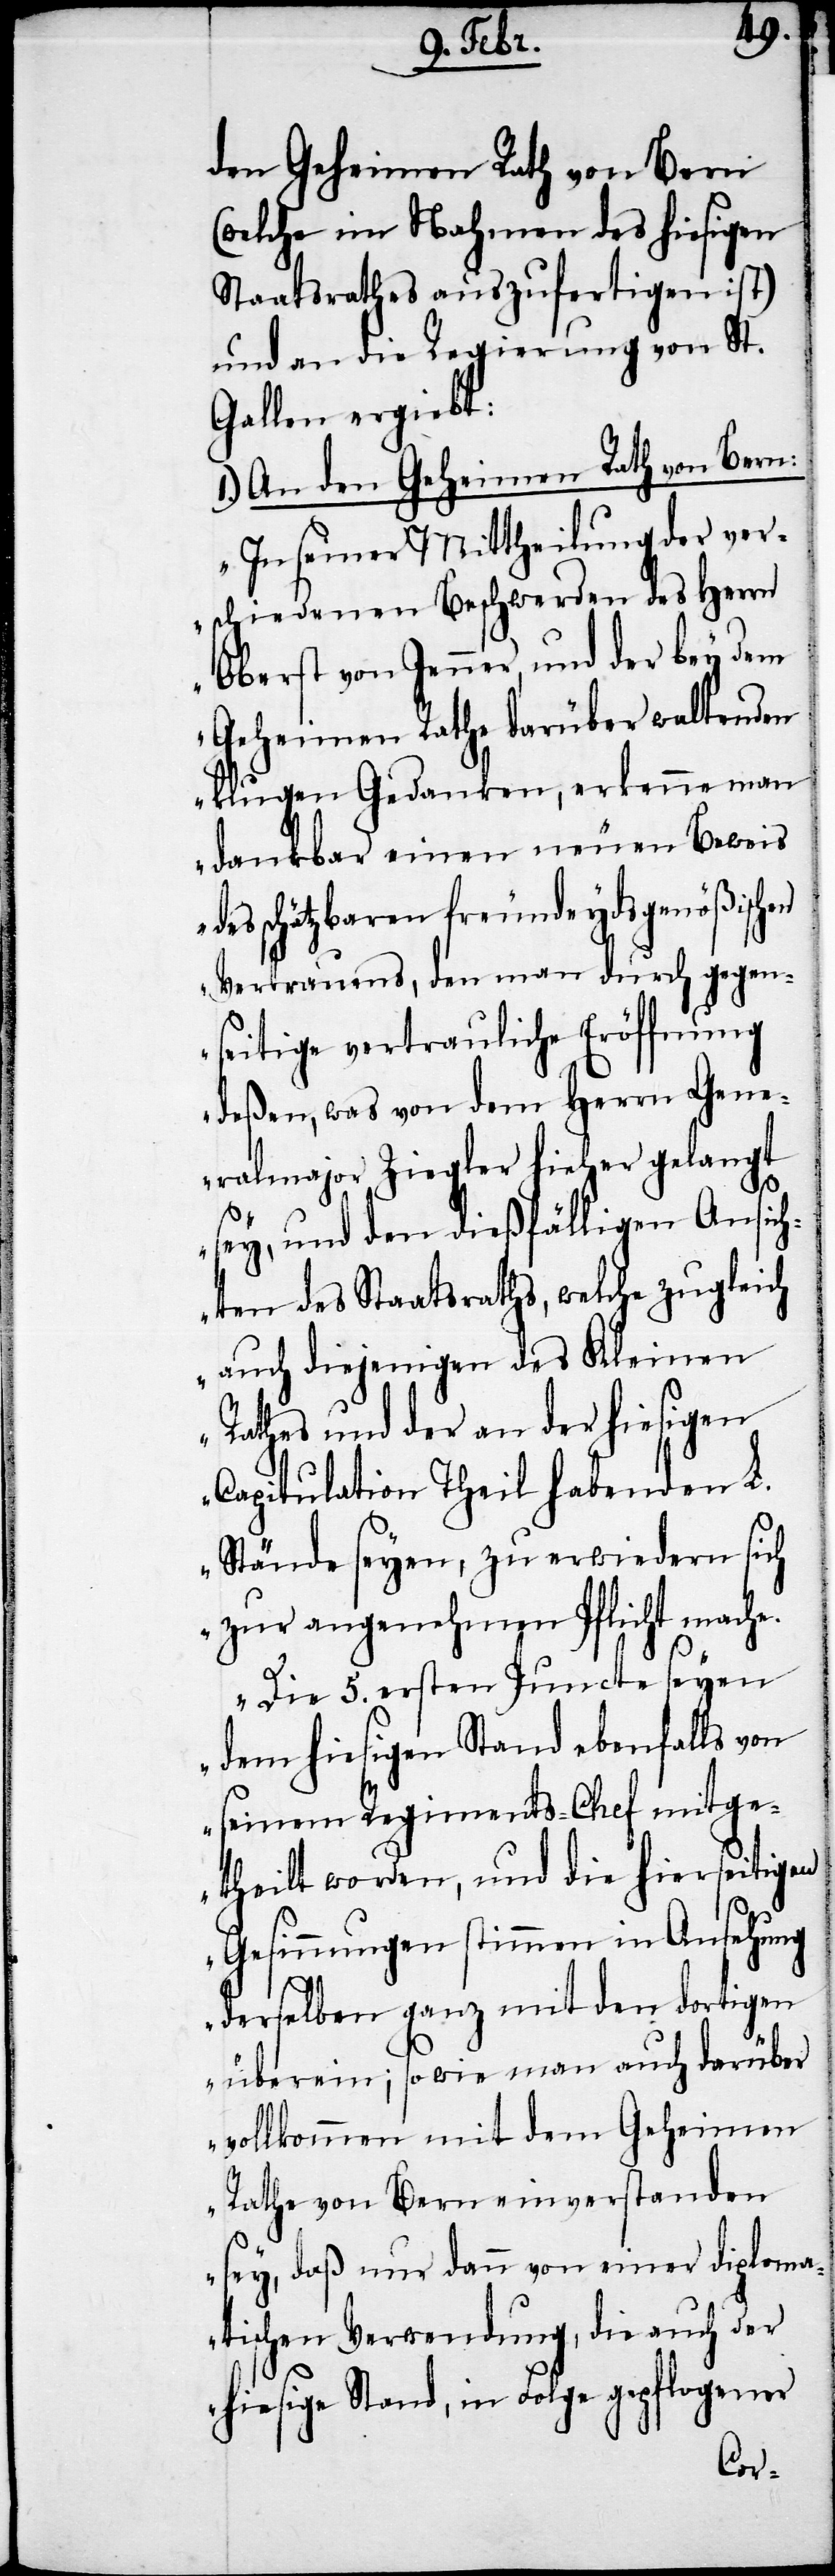
den Geheimen Rath von Bern
(welche im Nahmen des hiesigen
Staatsrathes auszufertigen ist)
und an die Regierung von St.
Gallen ergiebt:
1.) An den Geheimen Rath von Bern:
„In seiner Mittheilung der ver¬
schiedenen Beschwerden des Herrn
Oberst von Jenner, und der bey dem
Geheimen Rathe darüber waltenden
klugen Gedanken, erkenne man
dankbar einen neuen Beweis
des schätzbaren freundeydsgenößischen
Vertrauens, den man durch gegen¬
seitige vertrauliche Eröffnung
deßen, was von dem Herrn Gene¬
ralmajor Ziegler hieher gelangt
sey, und den dießfälligen Ansich¬
ten des Staatsraths, welche zugleich
auch diejenigen des Kleinen
Rathes und der an der hiesigen
Capitulation Theil habenden L.
Stände seyen, zu erwiedern sich
zur angenehmen Pflicht mache.
Die 5. ersten Puncte seyen
dem hiesigen Stand ebenfalls von
seinem Regiments-Chef mitge¬
theilt worden, und die hierseitigen
Gesinnungen stimmen in Ansehung
derselben ganz mit den dortigen
überein; sowie man auch darüber
vollkommen mit dem Geheimen
Rathe von Bern einverstanden
sey, daß nur dann von einer diploma¬
tischen Verwendung, die auch der
hiesige Stand, in Folge gepflogener